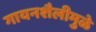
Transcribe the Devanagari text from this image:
गायनशैलीमुळे